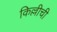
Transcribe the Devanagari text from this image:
किल्लीची